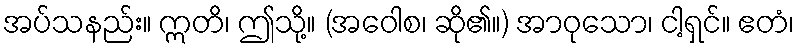
အပ်သနည်း။ ဣတိ၊ ဤသို့။ (အဝေါစ၊ ဆို၏။) အာဝုသော၊ ငါ့ရှင်။ ဧတံ၊